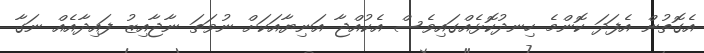
އެގޮތުން އެފަދަ ކޮންމެ ހިނދުކޮޅެއްގައިވެސް އެކުއްޖާ އަނިޔާއަކަށް ނުވަތަ ނާޖާއިޒު ފައިދާއެއް ނަގާ